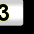
Digit: 3